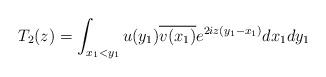
LaTeX: \begin{align*} T_2(z) = \int_{x_1<y_1 } u(y_1) \overline{v(x_1)} e^{2iz(y_1-x_1)} dx_1 dy_1 \end{align*}